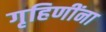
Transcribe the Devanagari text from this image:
गृहिणींना